Source: Handwritten
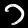
Digit: ၁ (1)